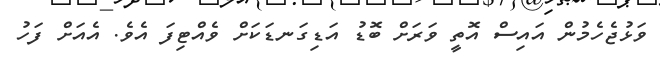
ވަޅުޖެހެމުން އައިސް އޮތީ ވަރަށް ބޮޑު އަޑިގަނޑަކަށް ވެއްޓިފަ އެވެ. އެއަށް ފަހު